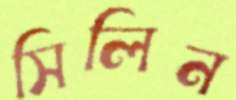
সিলিন